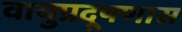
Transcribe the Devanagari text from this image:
वायुप्रदूषणास